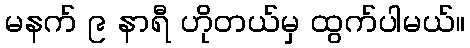
မနက် ၉ နာရီ ဟိုတယ်မှ ထွက်ပါမယ်။